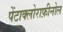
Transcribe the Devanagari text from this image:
पेंटाक्लोराफ़ीनोल